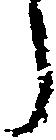
々